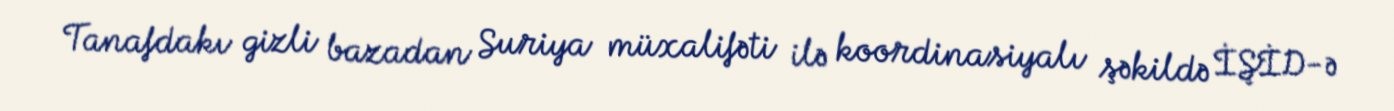
Tanafdakı gizli bazadan Suriya müxalifəti ilə koordinasiyalı şəkildə İŞİD-ə